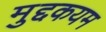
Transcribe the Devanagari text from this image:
मुद्दकयम